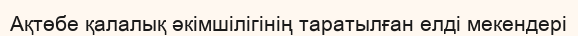
Ақтөбе қалалық әкімшілігінің таратылған елді мекендері